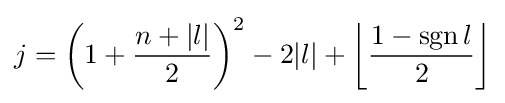
j=\left(1+{\frac {n+|l|}{2}}\right)^{2}-2|l|+\left\lfloor {\frac {1-\operatorname {sgn} l}{2}}\right\rfloor